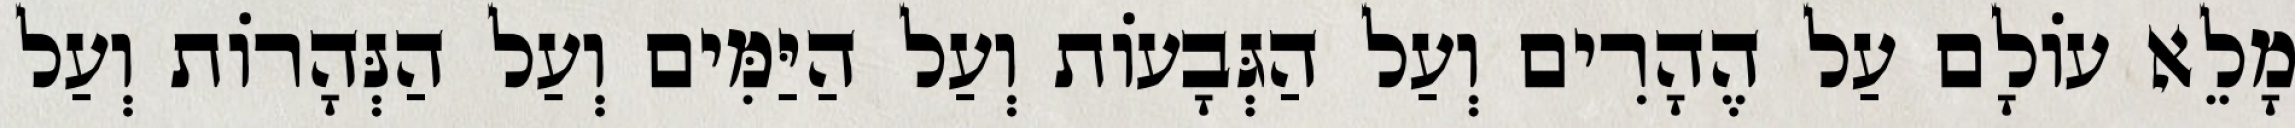
מָלֵא עוֹלָם עַל הֶהָרִים וְעַל הַגְּבָעוֹת וְעַל הַיַּמִּים וְעַל הַנְּהָרוֹת וְעַל